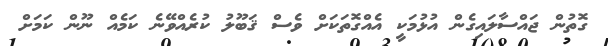
ގޮތުން ޖައްސާލައިގެން އުޅުމަކީ އެއްގޮތަކަށް ވެސް ޤަބޫލު ކުރެއްވޭނެ ކަމެއް ނޫން ކަމަށް